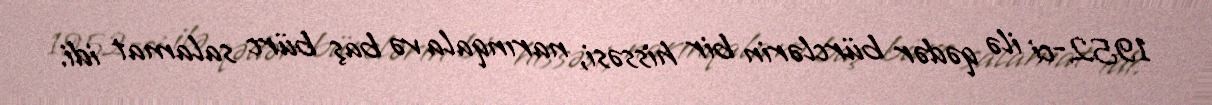
1952-ci ilə qədər bürclərin bir hissəsi, narınqala və baş bürc salamat idi.